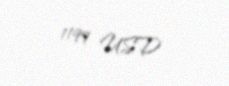
1199 USD